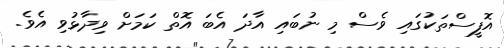
އޮފީސްތަކުގައި ވެސް މި ނުބައި އާދަ އެބަ އޮތް ކަމަށް ވިދާޅުވި އެވެ.